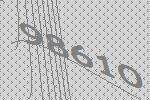
98610